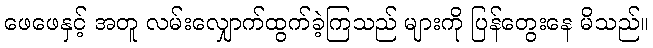
ဖေဖေနှင့် အတူ လမ်းလျှောက်ထွက်ခဲ့ကြသည် များကို ပြန်တွေးနေ မိသည်။